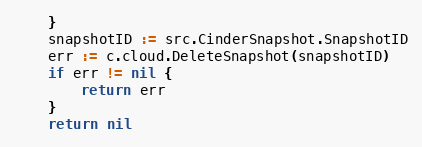
Language: Go
	}
	snapshotID := src.CinderSnapshot.SnapshotID
	err := c.cloud.DeleteSnapshot(snapshotID)
	if err != nil {
		return err
	}
	return nil